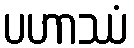
ပဟာဿံ